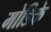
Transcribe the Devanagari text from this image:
मोडिके